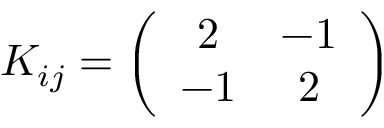
K _ { i j } = \left( \begin{array} { c c } { { 2 } } & { { - 1 } } \\ { { - 1 } } & { { 2 } } \end{array} \right)